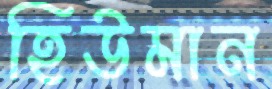
হিউমান